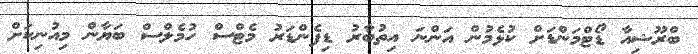
ބްރޫޝިއާ ޑޯޓްމަންޑަށް ކުޅެމުން އަންނަ އިތުބާރު ޑިފެންޑަރު މެޓްސް ހުމެލްސް ބަޔާން މިއުނިކަށް